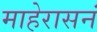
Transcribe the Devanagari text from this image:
माहेरासनं